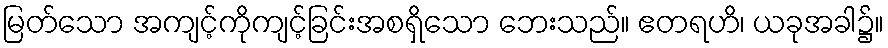
မြတ်သော အကျင့်ကိုကျင့်ခြင်းအစရှိသော ဘေးသည်။ ဧတရဟိ၊ ယခုအခါ၌။